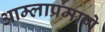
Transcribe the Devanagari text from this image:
आम्लाप्रमाणे